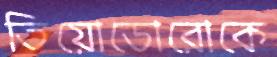
তিয়োডোরোকে